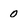
Character: 0